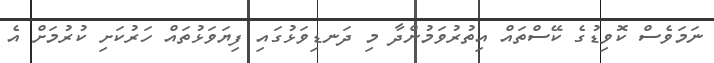
ނަމަވެސް ކޮވިޑުގެ ކޭސްތައް އިތުރުވަމުންދާ މި ދަނޑިވަޅުގައި ފިޔަވަޅުތައް ހަރުކަށި ކުރުމަށް އެ